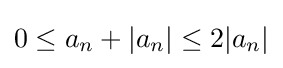
{\textstyle 0\leq a_{n}+|a_{n}|\leq 2|a_{n}|}